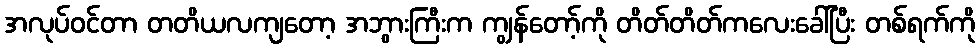
အလုပ်ဝင်တာ တတိယလကျတော့ အဘွားကြီးက ကျွန်တော့်ကို တိတ်တိတ်ကလေးခေါ်ပြီး တစ်ရက်ကို